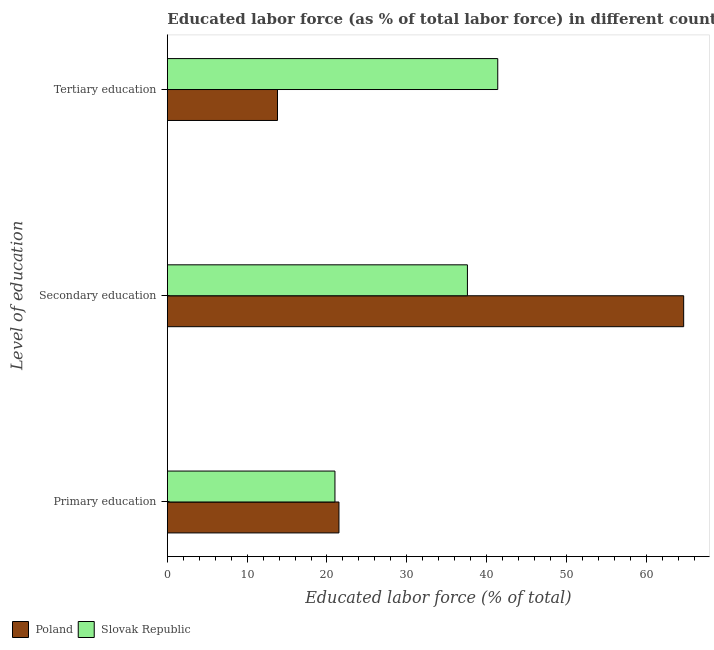
| Level of education | Poland | Slovak Republic |
 | --- | --- | --- |
 | Primary education | 21.5 | 21 |
 | Secondary education | 64.7 | 37.6 |
 | Tertiary education | 13.8 | 41.4 |